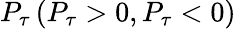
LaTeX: P_{\tau}\left(P_{\tau}>0,P_{\tau}<0\right)